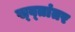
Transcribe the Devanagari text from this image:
स्व्तांतर